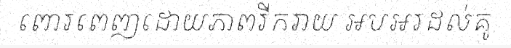
ពោរពេញដោយភាពរីករាយ អបអរដល់គូ